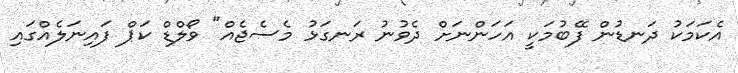
އެކަމަކު ދަނޑުން ފޭބުމަކީ އަހަންނަށް ދެވުނު ރަނގަޅު މެސެޖެއް" ވޯލްޑް ކަޕް ފައިނަލެއްގައި